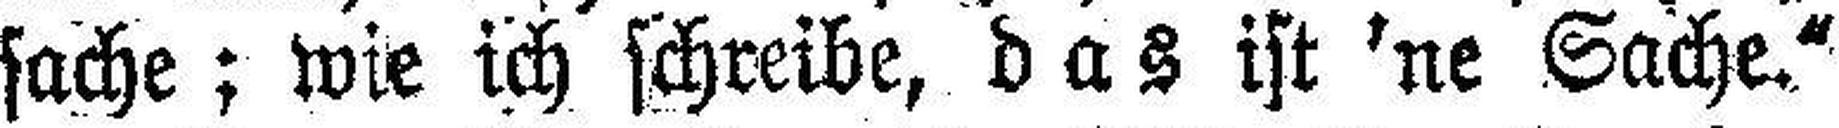
sache; wie ich schreibe, das ist ’ne Sache.“